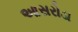
આસરોડા